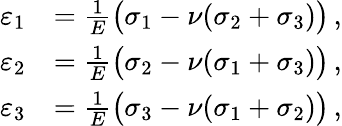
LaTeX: {\begin{array}{rl}{\varepsilon_{1}}&{={\frac{1}{E}}{\big(}\sigma_{1}-\nu(\sigma_{2}+\sigma_{3}){\big)}\, ,}\\ {\varepsilon_{2}}&{={\frac{1}{E}}{\big(}\sigma_{2}-\nu(\sigma_{1}+\sigma_{3}){\big)}\, ,}\\ {\varepsilon_{3}}&{={\frac{1}{E}}{\big(}\sigma_{3}-\nu(\sigma_{1}+\sigma_{2}){\big)}\, ,}\end{array}}